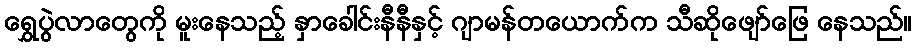
ရွှေပွဲလာတွေကို မူးနေသည့် နှာခေါင်းနီနီနှင့် ဂျာမန်တယောက်က သီဆိုဖျော်ဖြေ နေသည်။